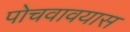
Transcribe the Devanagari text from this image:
पोचवावयास